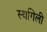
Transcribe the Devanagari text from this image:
स्थगिली